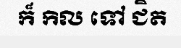
ក៏ កិល ទៅ ជិត